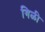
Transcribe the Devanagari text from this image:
गिळी